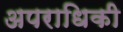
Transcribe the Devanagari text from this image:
अपराधिकी